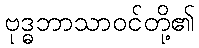
ဗုဒ္ဓဘာသာဝင်တို့၏